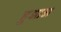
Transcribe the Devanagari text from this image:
हुआअ